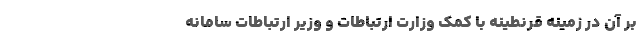
بر آن در زمینه قرنطینه‌ با کمک وزارت ارتباطات و وزیر ارتباطات سامانه